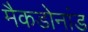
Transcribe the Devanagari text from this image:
मैकडोनांड